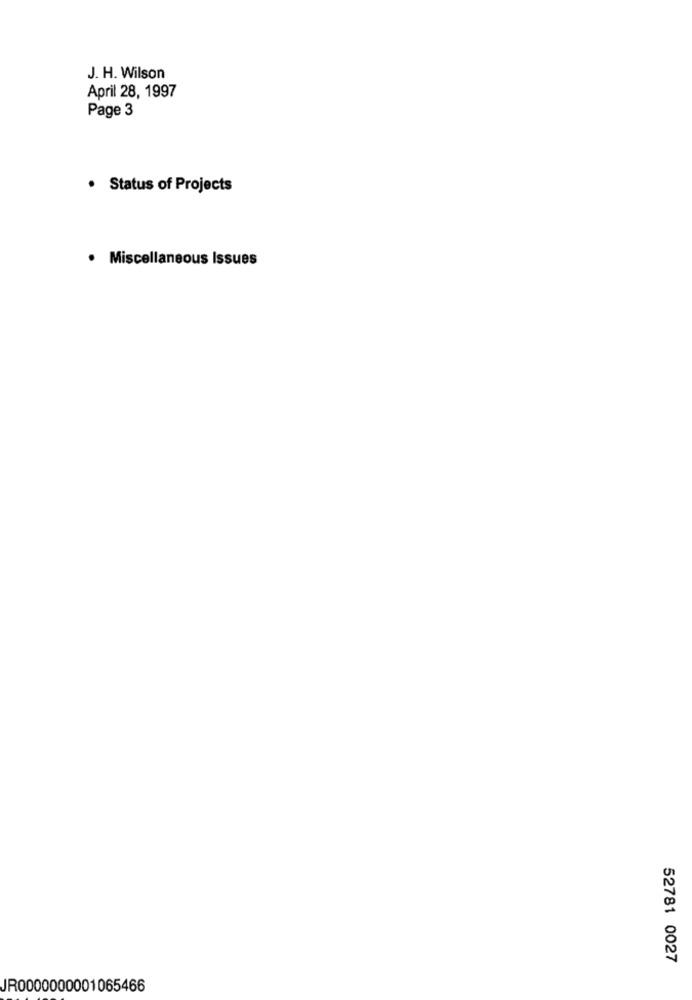
J. H. Wilson
April 28, 1997
Page 3
. Status of Projects
· Miscellaneous Issues
52781 0027
JR0000000001065466